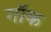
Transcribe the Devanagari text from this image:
गॉक